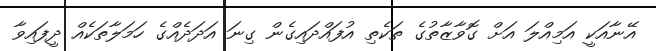
އޭނާއަކީ އަމިއްލަ އަށް ގޮވާޒާތުގެ ތަކެތި އުފައްދައިގެން ގިނަ އަދަދެއްގެ ހަމަލާތަކެއް ދީފައިވާ